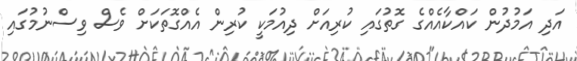
އަދި އަމުދުން ކައްކާއެއްގެ ގޮތުގައި ކުރިއަށް ދިއުމަކީ ކުރިން އެއްގޮތަކަށް ވެސް ވިސްނުމުގައި